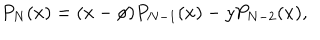
P _ { N } ( x ) = ( x - \phi ) P _ { N - 1 } ( x ) - y P _ { N - 2 } ( x ) ,